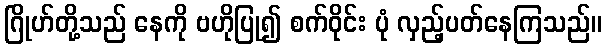
ဂြိုဟ်တို့သည် နေကို ဗဟိုပြု၍ စက်ဝိုင်း ပုံ လှည့်ပတ်နေကြသည်။